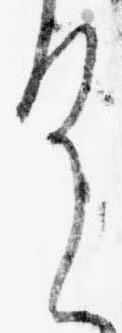
く